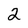
Character: 2